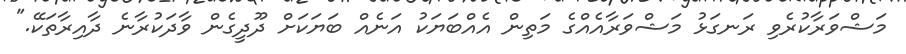
މަޝްވަރާކުރެވި ރަނގަޅު މަޝްވަރާއެއްގެ މަތިން އެއްބަޔަކު އަނެއް ބަޔަކަށް ދޫދީގެން ވާދަކުރާނެ ދާއިރާތަކޭ."